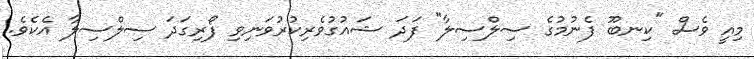
މިއީ ވެސް "ކިނބޫ ފެނުމުގެ ސިލްސިލާ" ފަދަ ޝައުގުވެރިކުރުވަނިވި ފޯރިގަދަ ސިލްސިލާ އެކެވެ.